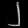
Digit: ၂